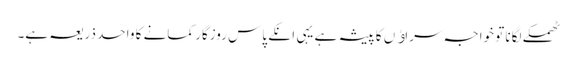
ٹھمکے لگانا تو خواجہ سراﺅں کا پیشہ ہے یہی انکے پاس روزگار کمانے کا واحد ذریعہ ہے۔